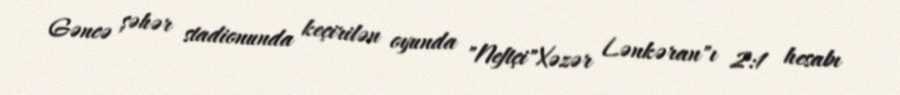
Gəncə şəhər stadionunda keçirilən oyunda "Neftçi"Xəzər Lənkəran"ı 2:1 hesabı